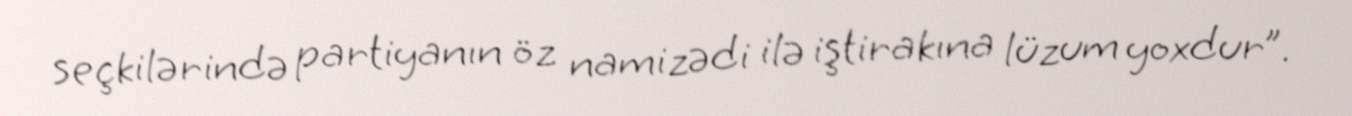
seçkilərində partiyanın öz namizədi ilə iştirakına lüzum yoxdur”.